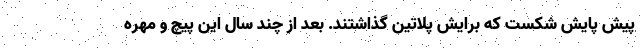
پیش پایش شکست که برایش پلاتین گذاشتند. بعد از چند سال این پیچ و مهره